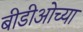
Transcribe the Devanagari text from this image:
बीडीओच्या